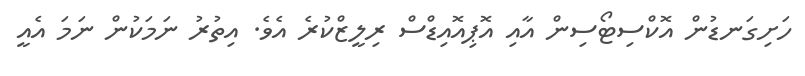
ހަށިގަނޑުން އޮކްސިޓޯސިން އާއި އޮޕިއޮއިޑްސް ރިލީޒްކުރެ އެވެ. އިތުރު ނަމަކުން ނަމަ އެއީ